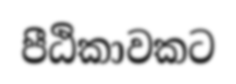
පීඨිකාවකට